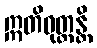
ဣတိဝုတ္တန္တိ